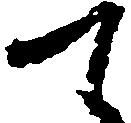
て